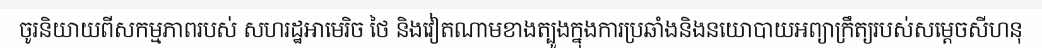
ចូរនិយាយពីសកម្មភាពរបស់ សហរដ្ឋអាមេរិច ថៃ និងវៀតណាមខាងត្បូងក្នុងការប្រឆាំងនិងនយោបាយអព្យាក្រឹត្យរបស់សម្តេចសីហនុ